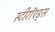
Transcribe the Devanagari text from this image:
स्टीरॉएड्स